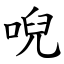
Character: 唲